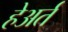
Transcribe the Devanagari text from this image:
हेअर्त